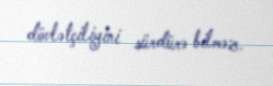
dövlətçiliyini sürdürə bilməz.